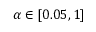
\alpha \in [ 0 . 0 5 , 1 ]